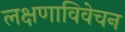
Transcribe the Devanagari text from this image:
लक्षणाविवेचन